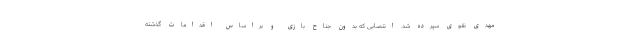
مهدی نقوی سپرده شد. انتصابی که بدون جناح بازی و براساس اقدامات گذشته